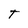
Character: T